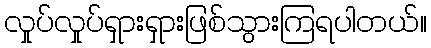
လှုပ်လှုပ်ရှားရှားဖြစ်သွားကြရပါတယ်။